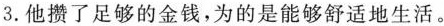
3.他攒了足够的金钱,为的是能够舒适地生活.